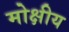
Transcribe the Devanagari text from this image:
मोक्षीय